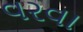
વરવા